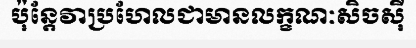
ប៉ុន្តែវាប្រហែលជាមានលក្ខណៈសិចស៊ី